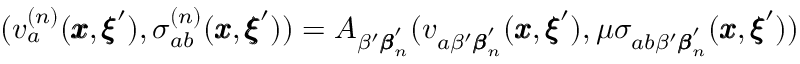
( v _ { a } ^ { ( n ) } ( { \pmb x } , { \pmb \xi } ^ { \prime } ) , \sigma _ { a b } ^ { ( n ) } ( { \pmb x } , { \pmb \xi } ^ { \prime } ) ) = A _ { \beta ^ { \prime } { \pmb \beta } _ { n } ^ { \prime } } ( v _ { a \beta ^ { \prime } { \pmb \beta } _ { n } ^ { \prime } } ( { \pmb x } , { \pmb \xi } ^ { \prime } ) , \mu \sigma _ { a b \beta ^ { \prime } { \pmb \beta } _ { n } ^ { \prime } } ( { \pmb x } , { \pmb \xi } ^ { \prime } ) )